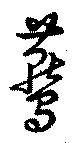
燕